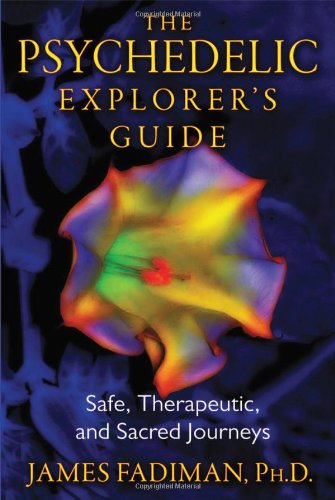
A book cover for The Psychedelic Explorer's Guide: Safe, Therapeutic, and Sacred Journeys; James Fadiman; Humor & Entertainment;